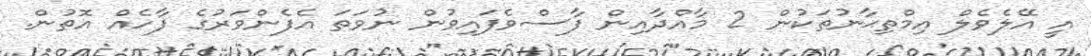
އީ އޭލެވެލް އިމްތިޙާނުތަކުން 2 މާއްދާއިން ފާސްވެފައިވުން ނުވަތަ އެފެންވަރުގެ ފާހެއް އޮތުން.